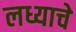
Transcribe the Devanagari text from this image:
लध्याचे